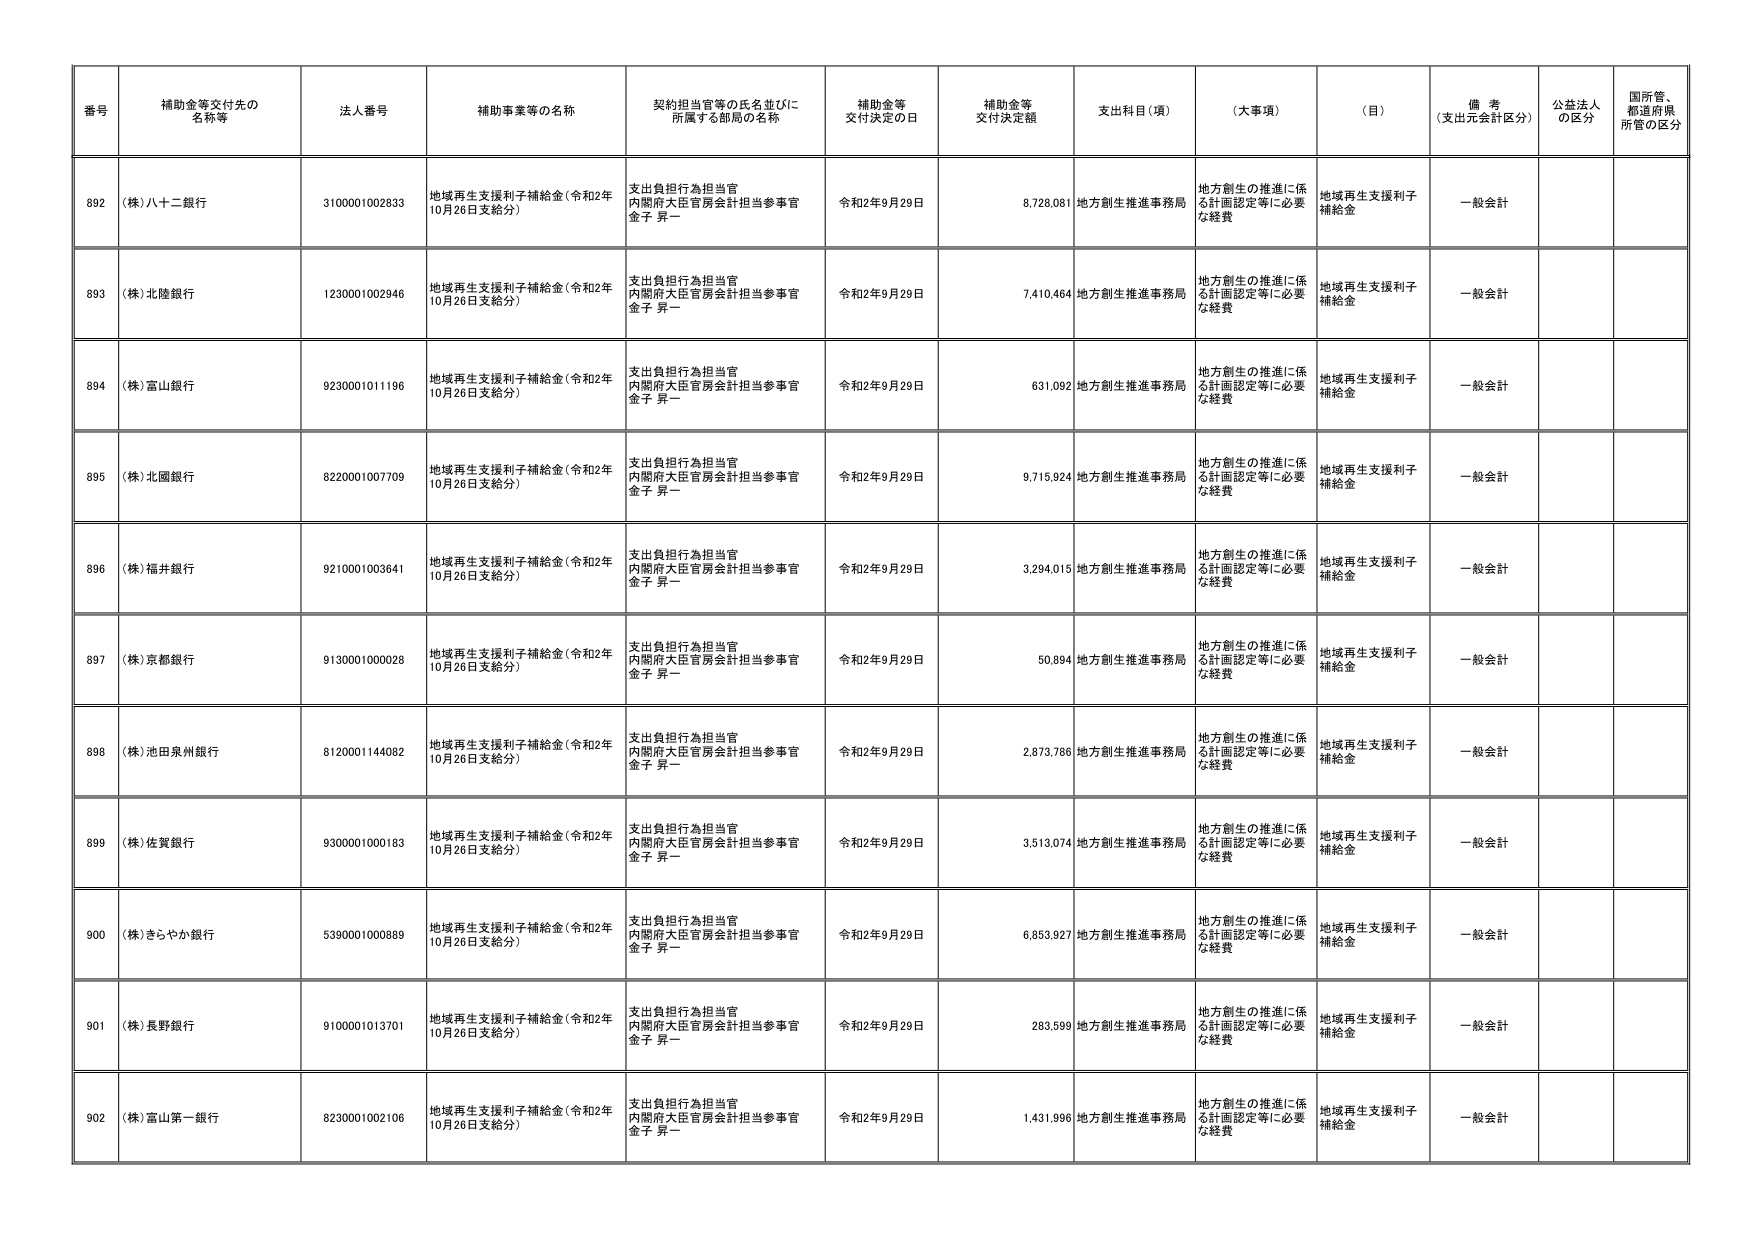
番号 補助金等交付先の名称等 法人番号 補助事業等の名称 契約担当官等の氏名並びに所属する部局の名称 補助金等交付決定の日 補助金等交付決定額 支出科目（項） （大事項） （目） 備考（支出元会計区分） 公益法人の区分 国所管、都道府県所管の区分
892 （株）八十二銀行 3100001002833 地域再生支援利子補給金（令和2年10月26日支給分） 支出負担行為担当官 内閣府大臣官房会計担当参事官 金子 昇一 令和2年9月29日 8,728,081 地方創生推進事務局 地方創生の推進に係る計画認定等に必要な経費 地域再生支援利子補給金 一般会計
893 （株）北陸銀行 1230001002946 地域再生支援利子補給金（令和2年10月26日支給分） 支出負担行為担当官 内閣府大臣官房会計担当参事官 金子 昇一 令和2年9月29日 7,410,464 地方創生推進事務局 地方創生の推進に係る計画認定等に必要な経費 地域再生支援利子補給金 一般会計
894 （株）富山銀行 9230001011196 地域再生支援利子補給金（令和2年10月26日支給分） 支出負担行為担当官 内閣府大臣官房会計担当参事官 金子 昇一 令和2年9月29日 631,092 地方創生推進事務局 地方創生の推進に係る計画認定等に必要な経費 地域再生支援利子補給金 一般会計
895 （株）北國銀行 8220001007709 地域再生支援利子補給金（令和2年10月26日支給分） 支出負担行為担当官 内閣府大臣官房会計担当参事官 金子 昇一 令和2年9月29日 9,715,924 地方創生推進事務局 地方創生の推進に係る計画認定等に必要な経費 地域再生支援利子補給金 一般会計
896 （株）福井銀行 9210001003641 地域再生支援利子補給金（令和2年10月26日支給分） 支出負担行為担当官 内閣府大臣官房会計担当参事官 金子 昇一 令和2年9月29日 3,294,015 地方創生推進事務局 地方創生の推進に係る計画認定等に必要な経費 地域再生支援利子補給金 一般会計
897 （株）京都銀行 9130001000028 地域再生支援利子補給金（令和2年10月26日支給分） 支出負担行為担当官 内閣府大臣官房会計担当参事官 金子 昇一 令和2年9月29日 50,894 地方創生推進事務局 地方創生の推進に係る計画認定等に必要な経費 地域再生支援利子補給金 一般会計
898 （株）池田泉州銀行 8120001144082 地域再生支援利子補給金（令和2年10月26日支給分） 支出負担行為担当官 内閣府大臣官房会計担当参事官 金子 昇一 令和2年9月29日 2,873,786 地方創生推進事務局 地方創生の推進に係る計画認定等に必要な経費 地域再生支援利子補給金 一般会計
899 （株）佐賀銀行 9300001000183 地域再生支援利子補給金（令和2年10月26日支給分） 支出負担行為担当官 内閣府大臣官房会計担当参事官 金子 昇一 令和2年9月29日 3,513,074 地方創生推進事務局 地方創生の推進に係る計画認定等に必要な経費 地域再生支援利子補給金 一般会計
900 （株）きらやか銀行 5390001000889 地域再生支援利子補給金（令和2年10月26日支給分） 支出負担行為担当官 内閣府大臣官房会計担当参事官 金子 昇一 令和2年9月29日 6,853,927 地方創生推進事務局 地方創生の推進に係る計画認定等に必要な経費 地域再生支援利子補給金 一般会計
901 （株）長野銀行 9100001013701 地域再生支援利子補給金（令和2年10月26日支給分） 支出負担行為担当官 内閣府大臣官房会計担当参事官 金子 昇一 令和2年9月29日 283,599 地方創生推進事務局 地方創生の推進に係る計画認定等に必要な経費 地域再生支援利子補給金 一般会計
902 （株）富山第一銀行 8230001002106 地域再生支援利子補給金（令和2年10月26日支給分） 支出負担行為担当官 内閣府大臣官房会計担当参事官 金子 昇一 令和2年9月29日 1,431,996 地方創生推進事務局 地方創生の推進に係る計画認定等に必要な経費 地域再生支援利子補給金 一般会計